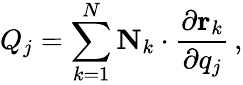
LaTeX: Q_{j}=\sum_{k=1}^{N}\mathbf{N}_{k}\cdot{\frac{\partial\mathbf{r}_{k}}{\partial q_{j}}}\, ,